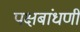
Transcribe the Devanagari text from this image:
पक्षबांधणी